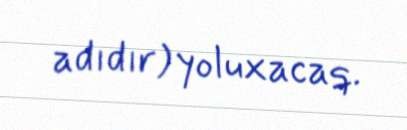
adıdır) yoluxacaq.